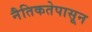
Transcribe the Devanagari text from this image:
नैतिकतेपासून